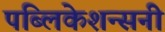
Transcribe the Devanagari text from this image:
पब्लिकेशन्सनी